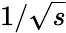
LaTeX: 1/\sqrt{s}